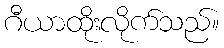
ဂီယာထိုးလိုက်သည်။